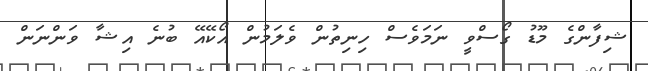
ޝިފާންގެ މޫޑު ގޯސްވީ ނަމަވެސް ހިނިތުން ވެލަމުން އޯކޭއޭ ބުނެ އިޝާ ވަންނަން